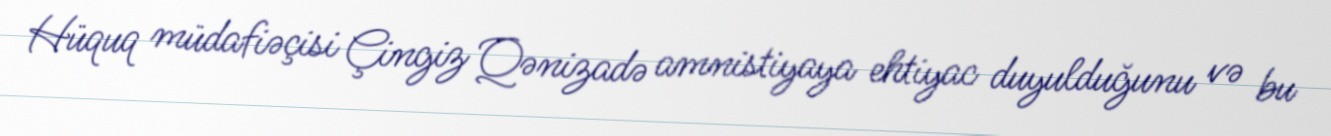
Hüquq müdafiəçisi Çingiz Qənizadə amnistiyaya ehtiyac duyulduğunu və bu